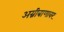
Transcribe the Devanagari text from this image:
अग्नीबाणावर